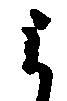
よ